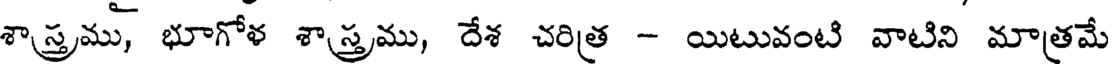
శాస్త్రము, భూగోళ శాస్త్రము, దేశ చరిత్ర - యిటువంటి వాటిని మాత్రమే